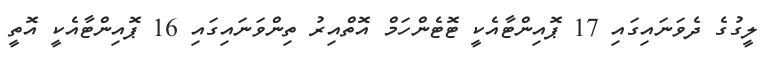
ލީގުގެ ދެވަނައިގައި 17 ޕޮއިންޓާއެކީ ޓޮޓެންހަމް އޮތްއިރު ތިންވަނައިގައި 16 ޕޮއިންޓާއެކީ އޮތީ